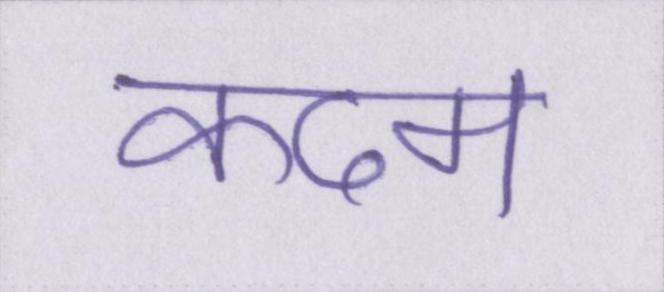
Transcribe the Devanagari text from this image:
कदम